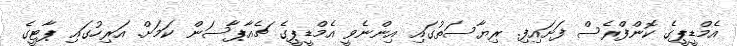
އެމްޑީޕީގެ ކޮންފްރެސް ފަށައިފި. ރިޔާސަތުގައި އިންނެވީ އެމްޑީޕީގެ ޗެއާޕާސަން ކަމަށް. އަރިހުގައި ޕާޓީގެ